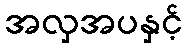
အလှအပနှင့်